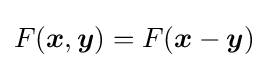
F({\boldsymbol {x}},{\boldsymbol {y}})=F({\boldsymbol {x}}-{\boldsymbol {y}})